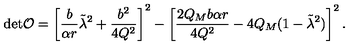
\mathrm { d e t } { \cal O } = \left[ \frac { b } { \alpha r } \tilde { \lambda } ^ { 2 } + \frac { b ^ { 2 } } { 4 Q ^ { 2 } } \right] ^ { 2 } - \left[ \frac { 2 Q _ { M } b \alpha r } { 4 Q ^ { 2 } } - 4 Q _ { M } ( 1 - \tilde { \lambda } ^ { 2 } ) \right] ^ { 2 } .